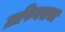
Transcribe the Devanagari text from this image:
ग्राफिक्सचा